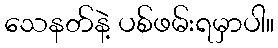
သေနတ်နဲ့ ပစ်ဖမ်းရမှာပါ။